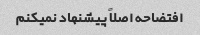
افتضاحه اصلاً پیشنهاد نمیکنم